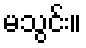
မသွင်း။